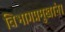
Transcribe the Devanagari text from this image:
विभागप्रमुखांना